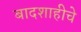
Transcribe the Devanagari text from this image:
बादशाहीचे